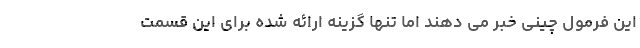
این فرمول چینی خبر می دهند اما تنها گزینه ارائه شده برای این قسمت